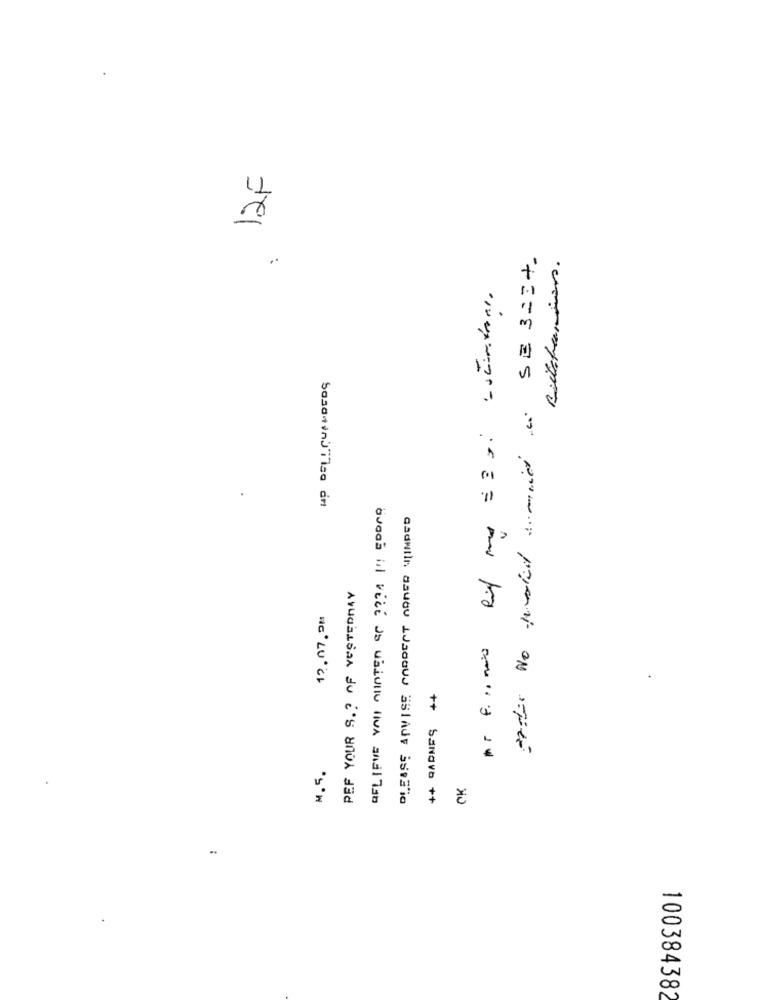
12F
SE 3 2 24 .
Mr fisimais Rit mo = = gi estimations.
HP DELLCUANDERS
BELIEVE YOU MUNTER SO ???! !!! EDDAD
PLEASE ADVISE CORRECT AORED WINDED
PEF YOUR S. ? OF VESTEDDAY
17.07.08
++ QADNES ++
M.5.
OK
..
100384382